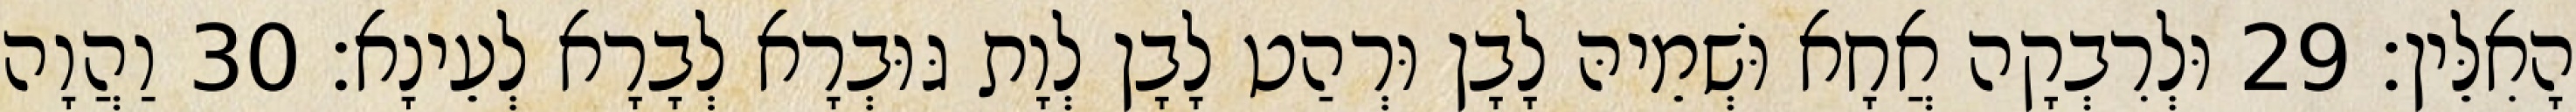
הָאִלֵּין׃ 29 וּלְרִבְקָה אֲחָא וּשְׁמֵיהּ לָבָן וּרְהַט לָבָן לְוָת גּוּבְרָא לְבָרָא לְעֵינָא׃ 30 וַהֲוָה